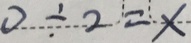
0 \div 2 = x